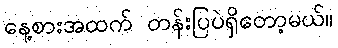
နေ့စားအထက် တန်းပြပဲရှိတော့မယ်။